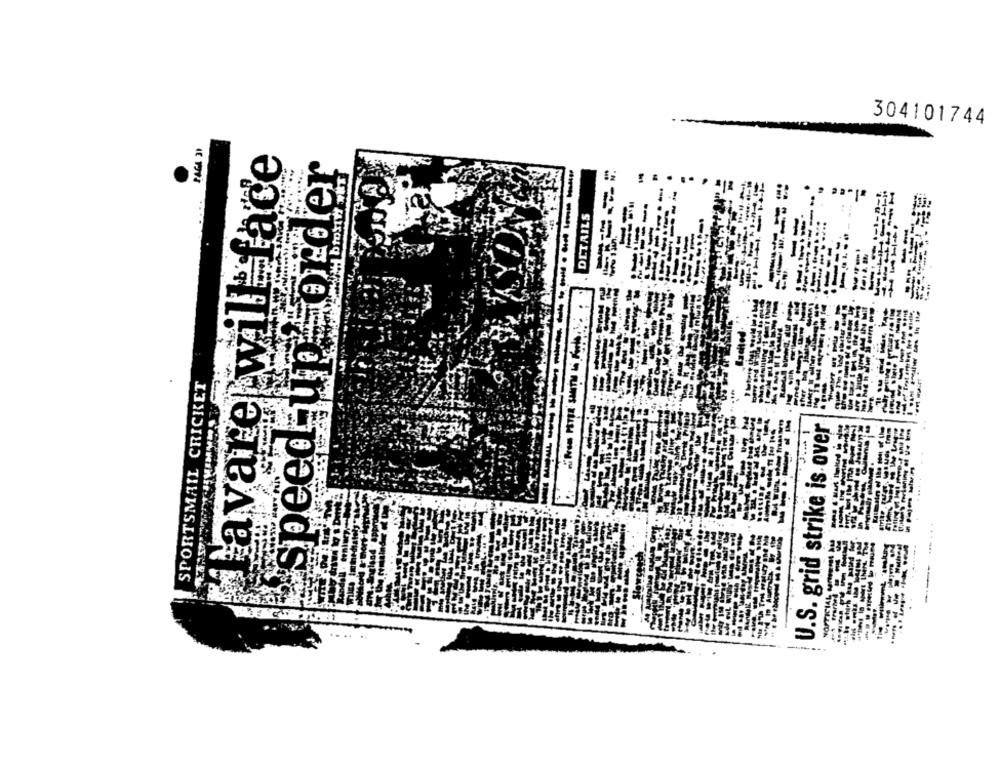
304101744
PAGA 31
Lavare will face
speed up order
WWW broth ERT
-
DETAILS
SPORTSMAIL CRICKET
U.S. grid strike is over
.s.bs which Rug
NOFFICIAL
IParhe'd
-